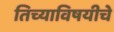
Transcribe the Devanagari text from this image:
तिच्याविषयीचे